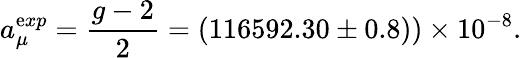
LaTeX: a_{\mu}^{\mathrm{e}xp}=\frac{{g-2}}{{2}}=(116592.30\pm0.8))\times10^{-8}.